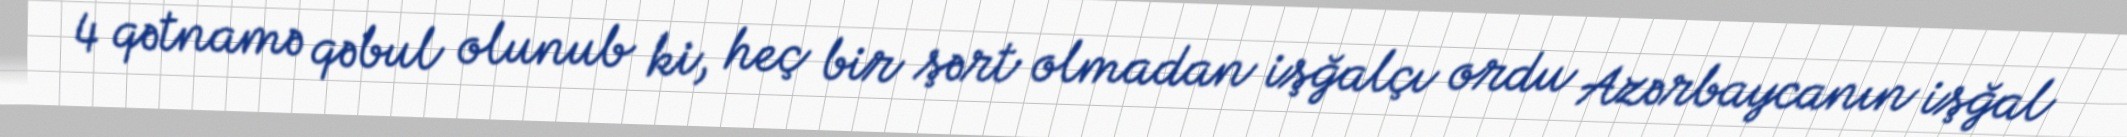
4 qətnamə qəbul olunub ki, heç bir şərt olmadan işğalçı ordu Azərbaycanın işğal